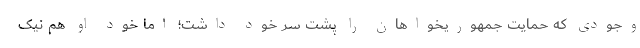
وجودی که حمایت جمهوریخواهان را پشت سر خود داشت؛ اما خود او هم نیک